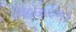
થિયોરાઇઝડ